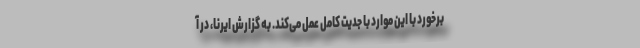
برخورد با این موارد با جدیت کامل عمل می‌کند. به گزارش ایرنا، در آ